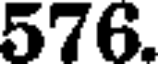
576.